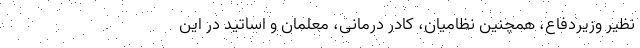
نظیر وزیردفاع، همچنین نظامیان، کادر درمانی، معلمان و اساتید در این